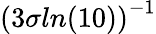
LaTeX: \left(3\sigma ln(10)\right)^{-1}